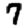
Digit: 7